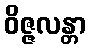
ဝိဇ္ဇလန္တာ